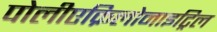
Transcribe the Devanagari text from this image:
पोलीएक्रिलोनाइट्रिल